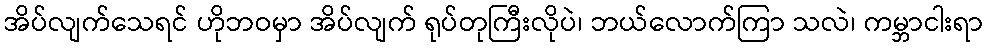
အိပ်လျက်သေရင် ဟိုဘဝမှာ အိပ်လျက် ရုပ်တုကြီးလိုပဲ၊ ဘယ်လောက်ကြာ သလဲ၊ ကမ္ဘာငါးရာ